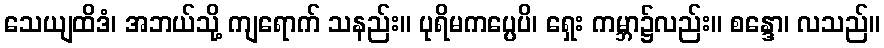
သေယျထိဒံ၊ အဘယ်သို့ ကျရောက် သနည်း။ ပုရိမကပ္ပေပိ၊ ရှေး ကမ္ဘာ၌လည်း။ စန္ဒော၊ လသည်။